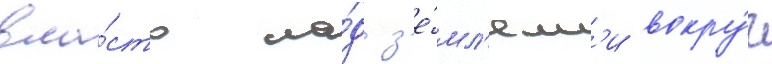
вла́сть на́д з'е́мл'ям'и вокру́г